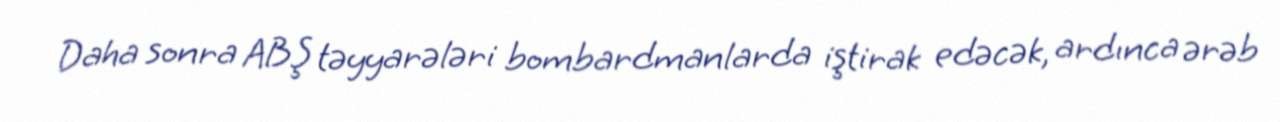
Daha sonra ABŞ təyyarələri bombardmanlarda iştirak edəcək, ardınca ərəb